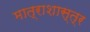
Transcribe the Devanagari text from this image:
मात्राशास्त्र